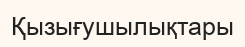
Қызығушылықтары